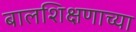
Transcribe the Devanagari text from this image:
बालशिक्षणाच्या